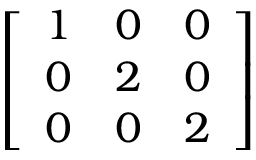
\left[ \begin{array} { l l l } { 1 } & { 0 } & { 0 } \\ { 0 } & { 2 } & { 0 } \\ { 0 } & { 0 } & { 2 } \end{array} \right]